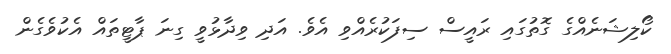
ކޯލިޝަނެއްގެ ގޮތުގައި ރައީސް ސިފަކުރެއްވި އެވެ. އަދި ވިދާޅުވީ ގިނަ ޕާޓީތައް އެކުވެގެން